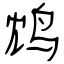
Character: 鸩